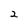
Character: 2